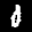
Label: 0